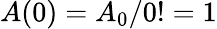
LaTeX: A(0)=A_{0}/0!=1